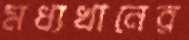
মধ্যখানের